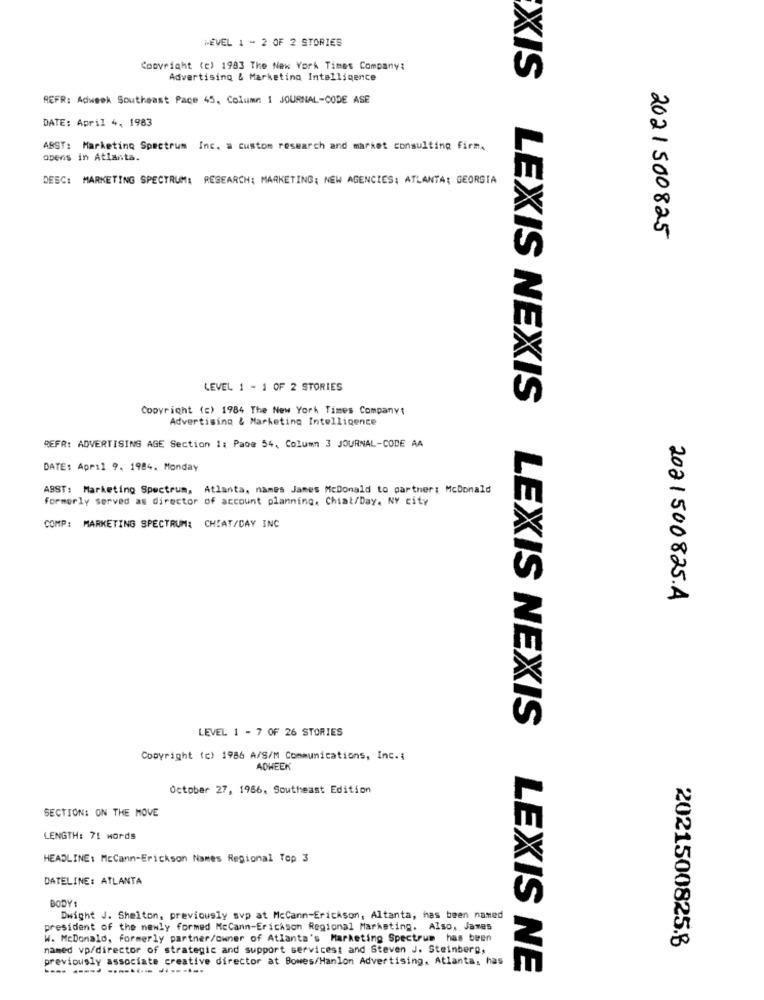
MÉVEL 1 - 2 OF 2 STORIES
Copyright (c) 1983 The New York Times Company:
Advertising & Marketing Intelligence
XIS
REFR: Adweek Southeast Pace 45. Column 1 JOURNAL-CODE ASE
DATE: April 4, 1983
ASST: Marketing Spectrum Inc. a custom research and market consulting Firm.
opens in Atlanta.
DESC: MARKETING SPECTRUM: RESEARCH: MARKETING: NEW AGENCIES: ATLANTA: GEORGIA
2021500825
LEVEL 1 - 1 OF 2 STORIES
Copyright (c) 1984 The New York Times Companvi
LEXIS NEXIS
Advertising & Marketing Intelligence
REFR: ADVERTISING AGE Section 1: Page 54, Column 3 JOURNAL-CODE AA
DATE: Aprıl 9. 1984. Monday
ABST: Marketing Spectrum, Atlanta, names James McDonald to partner: McDonald
formerly served as director of account planning. Chiat/Day. NY city
COMP: MARKETING SPECTRUM: CHIAT/DAY INC
2021500825.A
LEVEL 1 - 7 OF 26 STORIES
LEXIS NEXIS
Copyright (c) 1986 A/S/M Communications, Inc .:
ADWEEK
October 27, 1966. Southeast Edition
SECTION: ON THE MOVE
LENGTH: 71 words
HEADLINE: McCann-Erickson Names Regional Top 3
DATELINE: ATLANTA
BODY'1
Dwight J. Shelton, previously svp at McCann-Erickson, Altanta, has been named
president of the newly formed McCann-Erickson Regional Marketing. Also, James
W. McDonald, formerly partner/owner of Atlanta's Marketing Spectrum has been
2021500825.8
named vp/director of strategic and support servicest and Steven J. Steinberg,
previously associate creative director at Bowes/Hanlon Advertising. Atlanta, has
LEXIS NE